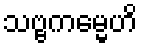
သဗ္ဗကမ္မေဟိ